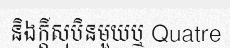
និងក្តីសុបិនមួយឬ Quatre